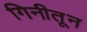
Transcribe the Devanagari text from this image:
गिनीतून